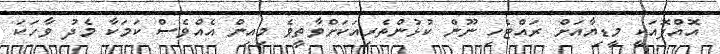
އޮއްޕޮއަކީ މީޑިޔާއަށް ރައްޓެހި ނޫން ކުޅުންތެރިއަކަށްވާތީވެ މިއިން އެއްވެސް ކަމަކާ މެދު ވާހަކަ